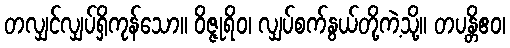
တလျှင်လျှပ်ရှိကုန်သော။ ဝိဇ္ဇုရိဝ၊ လျှပ်စက်နွယ်တို့ကဲ့သို့။ တပန္တိဧဝ၊